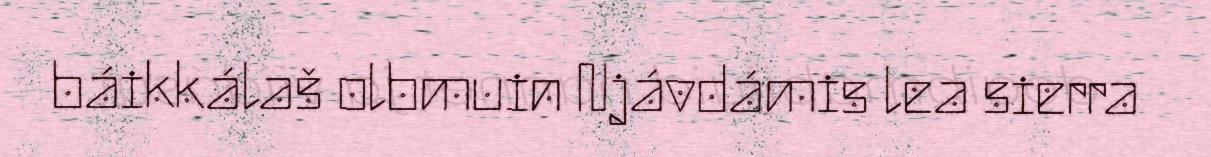
báikkálaš olbmuin Njávdámis lea sierra